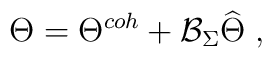
\Theta =\Theta ^{coh}+\mathcal{B}_\Sigma \widehat{\Theta }\;,